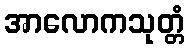
အာလောကသုတ္တံ